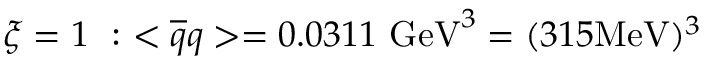
\xi = { 1 } \ : \ < { \overline { { q } } } q > = 0 . 0 3 1 1 \ \mathrm { G e V } ^ { 3 } = ( 3 1 5 \mathrm { M e V } ) ^ { 3 }